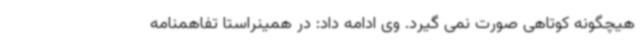
هیچگونه کوتاهی صورت نمی گیرد. وی ادامه داد: در همینراستا تفاهمنامه